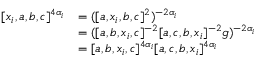
\begin{array} { r l } { [ x _ { i } , a , b , c ] ^ { 4 \alpha _ { i } } } & { = ( [ a , x _ { i } , b , c ] ^ { 2 } ) ^ { - 2 \alpha _ { i } } } \\ & { = ( [ a , b , x _ { i } , c ] ^ { - 2 } [ a , c , b , x _ { i } ] ^ { - 2 } g ) ^ { - 2 \alpha _ { i } } } \\ & { = [ a , b , x _ { i } , c ] ^ { 4 \alpha _ { i } } [ a , c , b , x _ { i } ] ^ { 4 \alpha _ { i } } } \end{array}